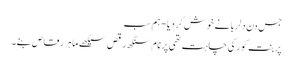
جس دن دلربا نے خوش کردیا - ہم سب
پربنت کور کی چاہت تھی پرنام سنگھ رقص سیکھے ماہر رقاص بنے۔